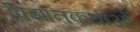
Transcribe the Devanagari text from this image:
विज्ञानकथाओं